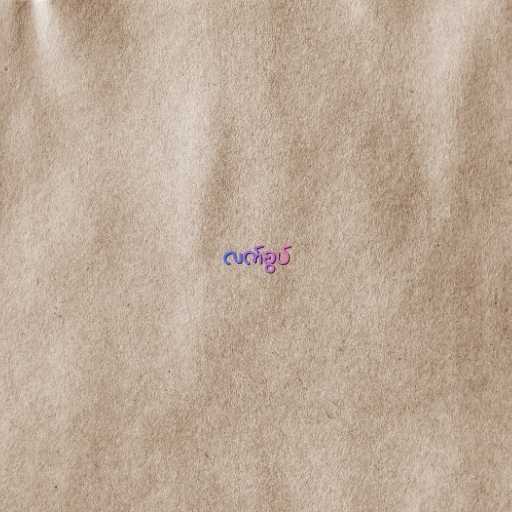
လက်စွပ်